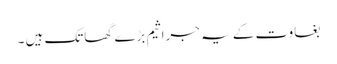
بغاوت کے یہ جراثیم بڑے گھاتک ہیں ۔